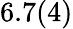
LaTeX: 6.7(4)